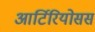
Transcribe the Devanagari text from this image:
आर्टिरियोसस